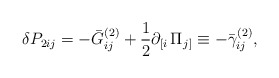
\begin{align*}\delta P_{2ij}=-\bar G_{ij}^{(2)}+\frac 12\partial _{\left[i\right. }\Pi _{\left. j\right] }\equiv -\bar \gamma _{ij}^{(2)},\end{align*}